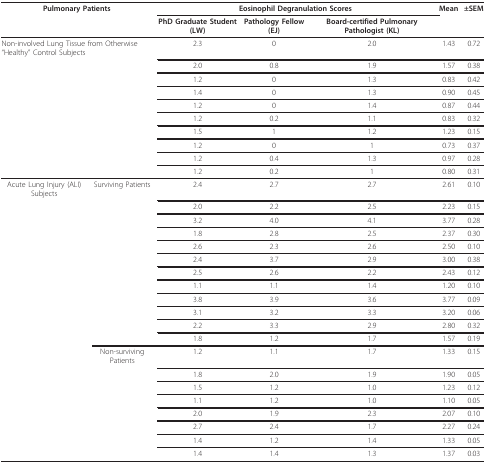
<table><thead><tr><td colspan="2"><b>Pulmonary Patients</b></td><td colspan="3"><b>Eosinophil Degranulation Scores</b></td><td><b>Mean</b></td><td><b>±SEM</b></td></tr><tr><td></td><td></td><td><b>PhD Graduate Student (LW)</b></td><td><b>Pathology Fellow (EJ)</b></td><td><b>Board-certified Pulmonary Pathologist (KL)</b></td><td></td><td></td></tr></thead><tbody><tr><td colspan="2">Non-involved Lung Tissue from Otherwise &quot;Healthy&quot; Control Subjects</td><td>2.3</td><td>0</td><td>2.0</td><td>1.43</td><td>0.72</td></tr><tr><td></td><td></td><td>2.0</td><td>0.8</td><td>1.9</td><td>1.57</td><td>0.38</td></tr><tr><td></td><td></td><td>1.2</td><td>0</td><td>1.3</td><td>0.83</td><td>0.42</td></tr><tr><td></td><td></td><td>1.4</td><td>0</td><td>1.3</td><td>0.90</td><td>0.45</td></tr><tr><td></td><td></td><td>1.2</td><td>0</td><td>1.4</td><td>0.87</td><td>0.44</td></tr><tr><td></td><td></td><td>1.2</td><td>0.2</td><td>1.1</td><td>0.83</td><td>0.32</td></tr><tr><td></td><td></td><td>1.5</td><td>1</td><td>1.2</td><td>1.23</td><td>0.15</td></tr><tr><td></td><td></td><td>1.2</td><td>0</td><td>1</td><td>0.73</td><td>0.37</td></tr><tr><td></td><td></td><td>1.2</td><td>0.4</td><td>1.3</td><td>0.97</td><td>0.28</td></tr><tr><td></td><td></td><td>1.2</td><td>0.2</td><td>1</td><td>0.80</td><td>0.31</td></tr><tr><td>Acute Lung Injury (ALI) Subjects</td><td>Surviving Patients</td><td>2.4</td><td>2.7</td><td>2.7</td><td>2.61</td><td>0.10</td></tr><tr><td></td><td></td><td>2.0</td><td>2.2</td><td>2.5</td><td>2.23</td><td>0.15</td></tr><tr><td></td><td></td><td>3.2</td><td>4.0</td><td>4.1</td><td>3.77</td><td>0.28</td></tr><tr><td></td><td></td><td>1.8</td><td>2.8</td><td>2.5</td><td>2.37</td><td>0.30</td></tr><tr><td></td><td></td><td>2.6</td><td>2.3</td><td>2.6</td><td>2.50</td><td>0.10</td></tr><tr><td></td><td></td><td>2.4</td><td>3.7</td><td>2.9</td><td>3.00</td><td>0.38</td></tr><tr><td></td><td></td><td>2.5</td><td>2.6</td><td>2.2</td><td>2.43</td><td>0.12</td></tr><tr><td></td><td></td><td>1.1</td><td>1.1</td><td>1.4</td><td>1.20</td><td>0.10</td></tr><tr><td></td><td></td><td>3.8</td><td>3.9</td><td>3.6</td><td>3.77</td><td>0.09</td></tr><tr><td></td><td></td><td>3.1</td><td>3.2</td><td>3.3</td><td>3.20</td><td>0.06</td></tr><tr><td></td><td></td><td>2.2</td><td>3.3</td><td>2.9</td><td>2.80</td><td>0.32</td></tr><tr><td></td><td></td><td>1.8</td><td>1.2</td><td>1.7</td><td>1.57</td><td>0.19</td></tr><tr><td></td><td>Non-surviving Patients</td><td>1.2</td><td>1.1</td><td>1.7</td><td>1.33</td><td>0.15</td></tr><tr><td></td><td></td><td>1.8</td><td>2.0</td><td>1.9</td><td>1.90</td><td>0.05</td></tr><tr><td></td><td></td><td>1.5</td><td>1.2</td><td>1.0</td><td>1.23</td><td>0.12</td></tr><tr><td></td><td></td><td>1.1</td><td>1.2</td><td>1.0</td><td>1.10</td><td>0.05</td></tr><tr><td></td><td></td><td>2.0</td><td>1.9</td><td>2.3</td><td>2.07</td><td>0.10</td></tr><tr><td></td><td></td><td>2.7</td><td>2.4</td><td>1.7</td><td>2.27</td><td>0.24</td></tr><tr><td></td><td></td><td>1.4</td><td>1.2</td><td>1.4</td><td>1.33</td><td>0.05</td></tr><tr><td></td><td></td><td>1.4</td><td>1.4</td><td>1.3</td><td>1.37</td><td>0.03</td></tr></tbody></table>